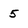
Character: 5